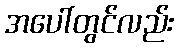
အပေါ်တွင်လည်း